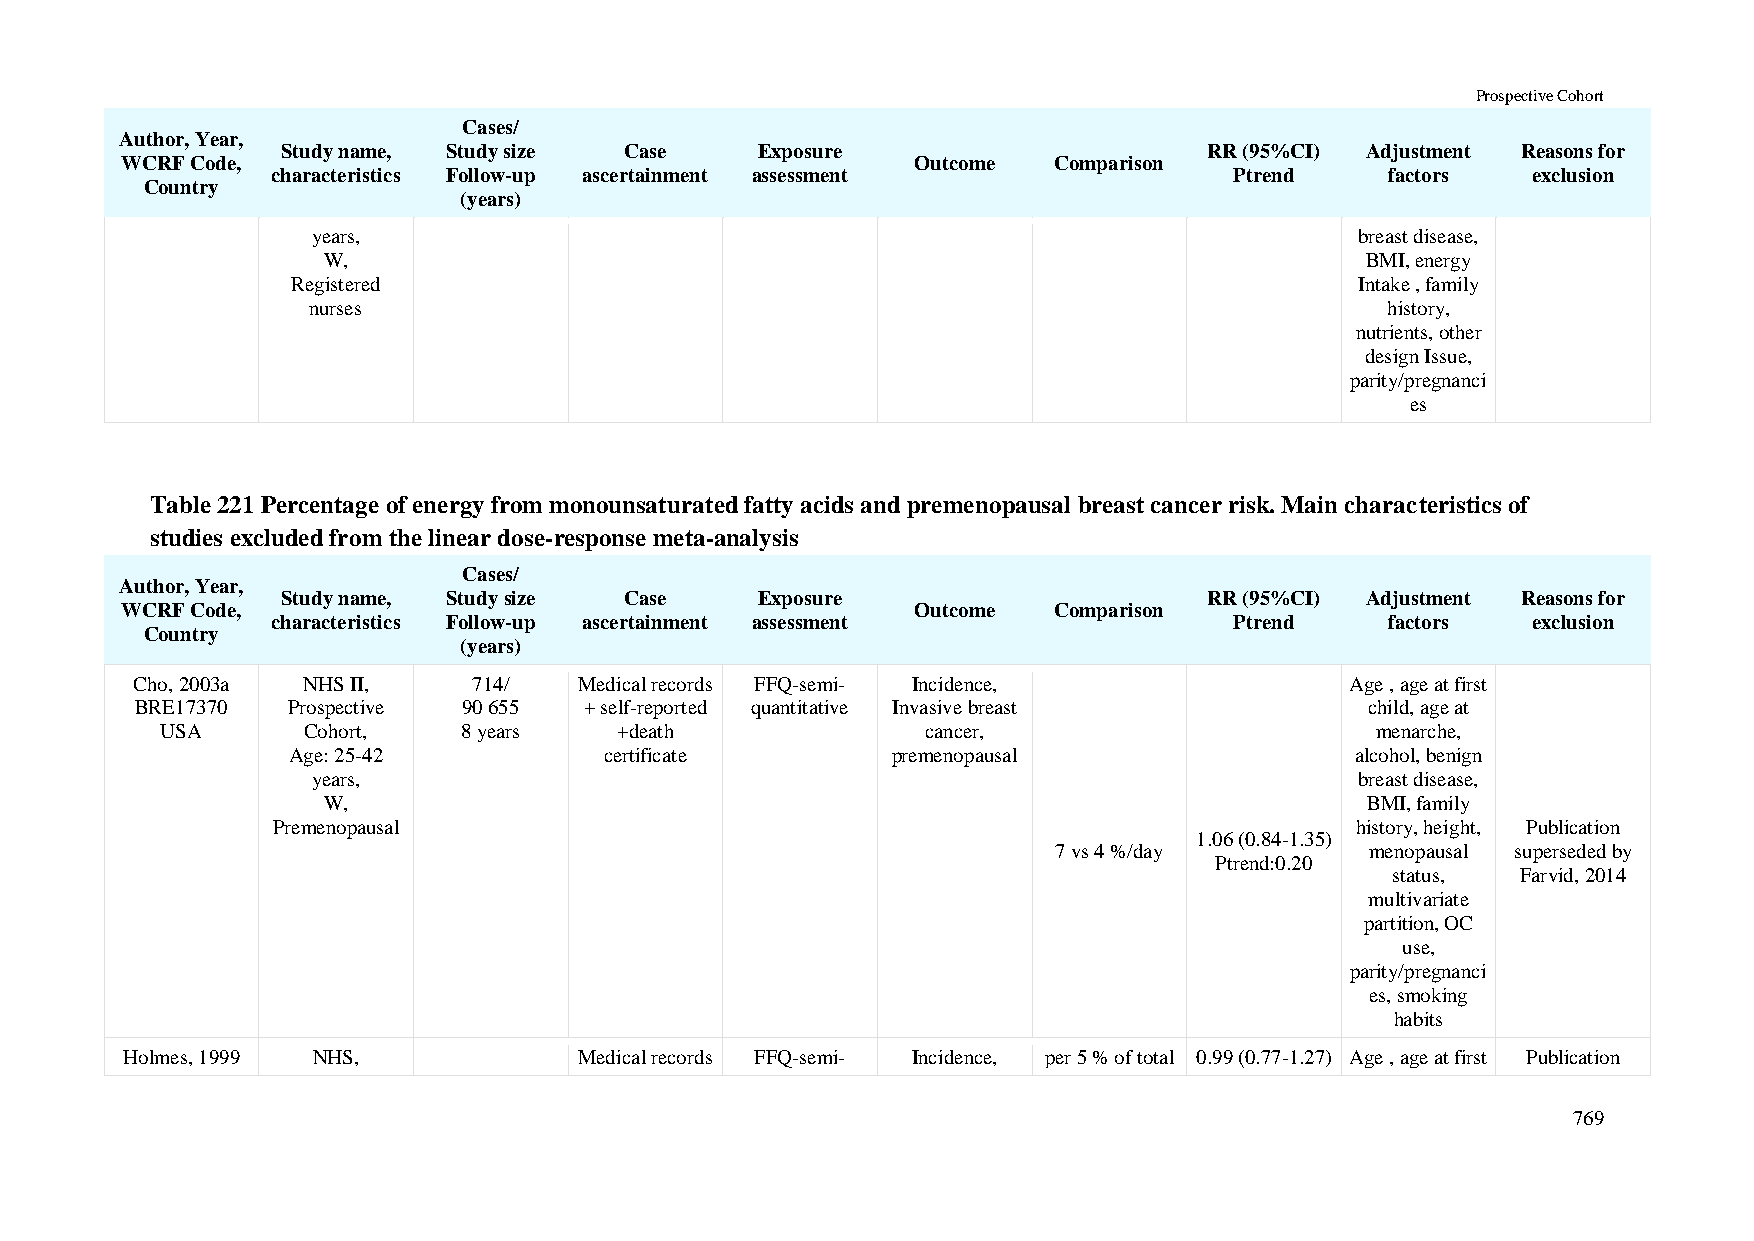
Prospective Cohort
 Cases/
 Author, Year,
 Study name, Study size Case    Exposure                      RR (95%CI) Adjustment Reasons for
 WCRF Code,                                           Outcome  Comparison
 characteristics Follow-up ascertainment assessment              Ptrend    factors  exclusion
 Country
 (years)
 years,                                                               breast disease,
 W,                                                                   BMI, energy
 Registered                                                             Intake , family
 nurses                                                                  history,
 nutrients, other
 design Issue,
 parity/pregnanci
 es
 Table 221 Percentage of energy from monounsaturated fatty acids and premenopausal breast cancer risk. Main characteristics of
 studies excluded from the linear dose-response meta-analysis
 Cases/
 Author, Year,
 Study name, Study size Case    Exposure                      RR (95%CI) Adjustment Reasons for
 WCRF Code,                                           Outcome  Comparison
 characteristics Follow-up ascertainment assessment              Ptrend    factors  exclusion
 Country
 (years)
 Cho, 2003a NHS II,    714/   Medical records FFQ-semi- Incidence,               Age , age at first
 BRE17370  Prospective 90 655  + self-reported quantitative Invasive breast        child, age at
 USA      Cohort,    8 years   +death              cancer,                       menarche,
 Age: 25-42           certificate        premenopausal                  alcohol, benign
 years,                                                               breast disease,
 W,                                                                   BMI, family
 Premenopausal                                                           history, height, Publication
 1.06 (0.84-1.35)
 7 vs 4 %/day         menopausal superseded by
 Ptrend:0.20
 status,  Farvid, 2014
 multivariate
 partition, OC
 use,
 parity/pregnanci
 es, smoking
 habits
 Holmes, 1999 NHS,             Medical records FFQ-semi- Incidence, per 5 % of total 0.99 (0.77-1.27) Age , age at first Publication
 769